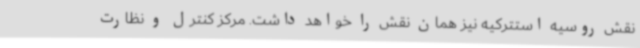
نقش روسیه استترکیه نیز همان نقش را خواهد داشت. مرکز کنترل و نظارت